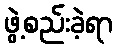
ဖွဲ့စည်းခဲ့ရာ